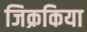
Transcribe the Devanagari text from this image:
जिक्रकिया